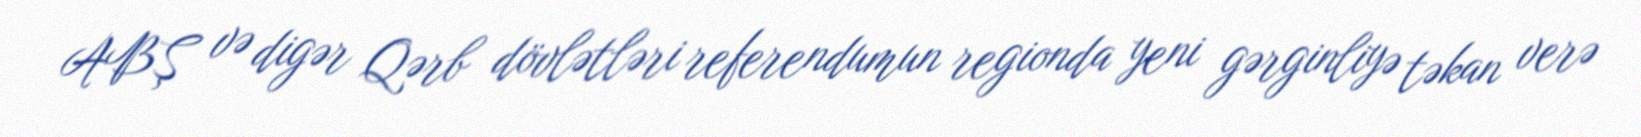
ABŞ və digər Qərb dövlətləri referendumun regionda yeni gərginliyə təkan verə